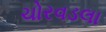
ચોરવડલા